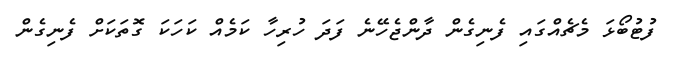
ފުޓުބޯޅަ މެޗެއްގައި ފެނިގެން ދާންޖެހޭނެ ފަދަ ހުރިހާ ކަމެއް ކަހަކަ ގޮތަކަށް ފެނިގެން